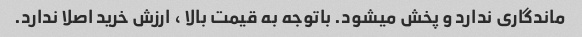
ماندگاری ندارد و پخش میشود. باتوجه به قیمت بالا ، ارزش خرید اصلا ندارد.